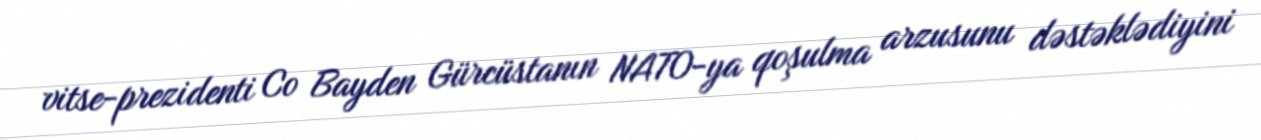
vitse-prezidenti Co Bayden Gürcüstanın NATO-ya qoşulma arzusunu dəstəklədiyini